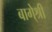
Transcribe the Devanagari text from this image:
बागे्श्री